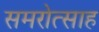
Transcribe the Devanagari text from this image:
समरोत्साह